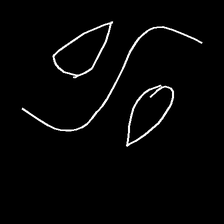
Glyph: water